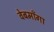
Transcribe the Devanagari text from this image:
वेबमाँगा